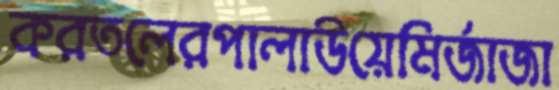
করতলেরপালাউয়েমির্জাজা